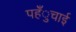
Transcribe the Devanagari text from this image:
पहँुचाई